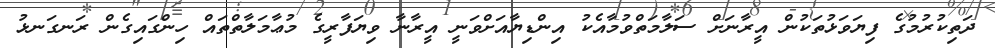
ދަތިކުރުމުގެ ފިޔަވަޅުތަކުން އީރާނަށް ސަލާމަތްވުމާއެކު އިންޑިޔާއަށްވަނީ އީރާނާ ވިޔަފާރީގެ މުޢާމަލާތްތައް ހިންގައިގެން ރަނގަނޅު